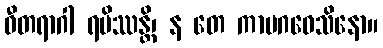
ဝီတရာဂါ ရမိဿန္တိ၊ န တေ ကာမဂဝေသိနော။